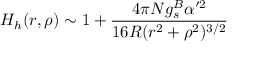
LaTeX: H _ { h } ( r , \rho ) \sim 1 + \frac { 4 \pi N g _ { s } ^ { B } \alpha ^ { \prime 2 } } { 1 6 R ( r ^ { 2 } + \rho ^ { 2 } ) ^ { 3 / 2 } }